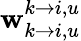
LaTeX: \mathbf{w}_{k\rightarrow i,u}^{k\rightarrow i,u}